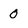
Character: 0